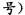
号)